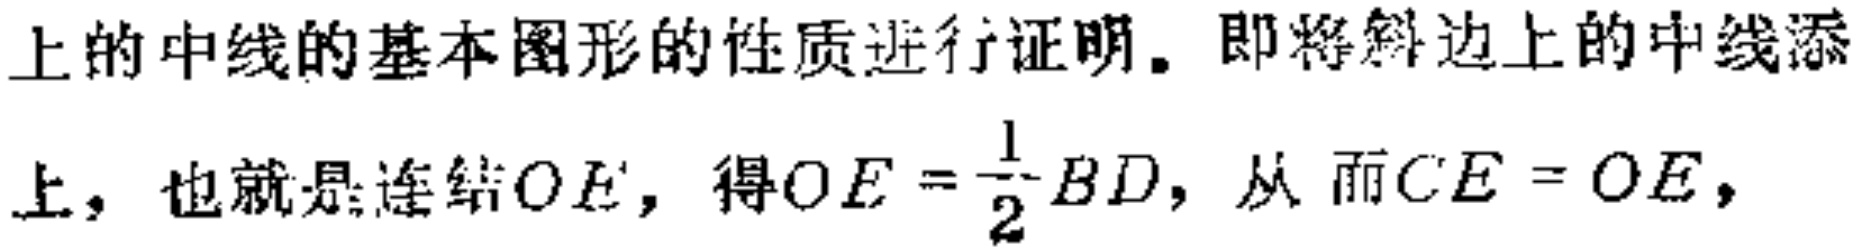
上的中线的基本图形的性质进行证明。即将斜边上的中线添上，也就是连结\(OE\)，得\(OE = \frac{1}{2}BD\)，从而\(CE = OE\)，